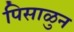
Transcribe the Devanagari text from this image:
पिसाळुन